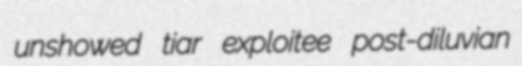
unshowed tiar exploitee post-diluvian